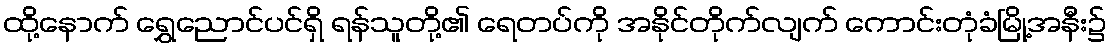
ထို့နောက် ရွှေညောင်ပင်ရှိ ရန်သူတို့၏ ရေတပ်ကို အနိုင်တိုက်လျက် ကောင်းတုံခံမြို့အနီး၌